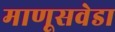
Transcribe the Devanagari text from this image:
माणूसवेडा